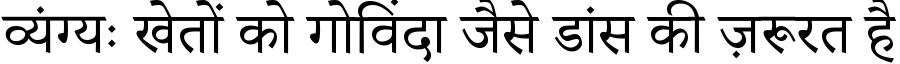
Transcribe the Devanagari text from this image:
व्यंग्यः खेतों को गोविंदा जैसे डांस की ज़रूरत है